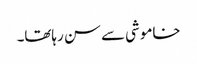
خاموشی سے سن رہاتھا۔